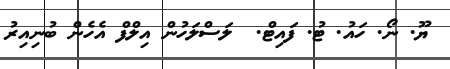
ޔޫ. ނޯ. ހައު. ޓު. ފައިޓް.  ލަސްލަހުން އިލްފް އެހެން ބުނިއިރު